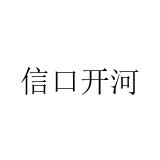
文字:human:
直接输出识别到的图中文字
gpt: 信口开河